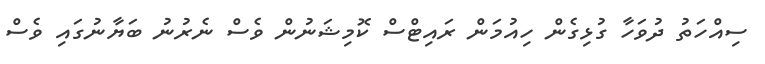
ސިއްހަތު ދުވަހާ ގުޅިގެން ހިއުމަން ރައިޓްސް ކޮމިޝަނުން ވެސް ނެރުނު ބަޔާނުގައި ވެސް